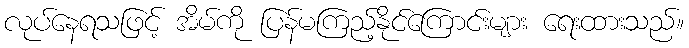
လုပ်နေရသဖြင့် အိမ်ကို ပြန်မကြည့်နိုင်ကြောင်းများ ရေးထားသည်။